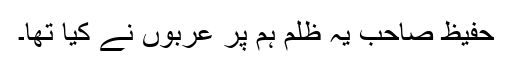
حفیظ صاحب یہ ظلم ہم پر عربوں نے کیا تھا۔